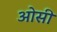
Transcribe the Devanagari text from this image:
ओसी